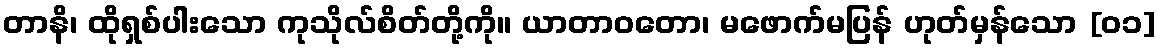
တာနိ၊ ထိုရှစ်ပါးသော ကုသိုလ်စိတ်တို့ကို။ ယာတာဝတော၊ မဖောက်မပြန် ဟုတ်မှန်သော [၀၁]